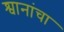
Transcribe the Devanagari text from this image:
श्वानांचा